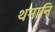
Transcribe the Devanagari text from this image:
थमानि